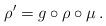
LaTeX: \begin{align*}\rho' = g \circ \rho \circ \mu \, . \end{align*}